Trukikaitis_Postimees, lk 185
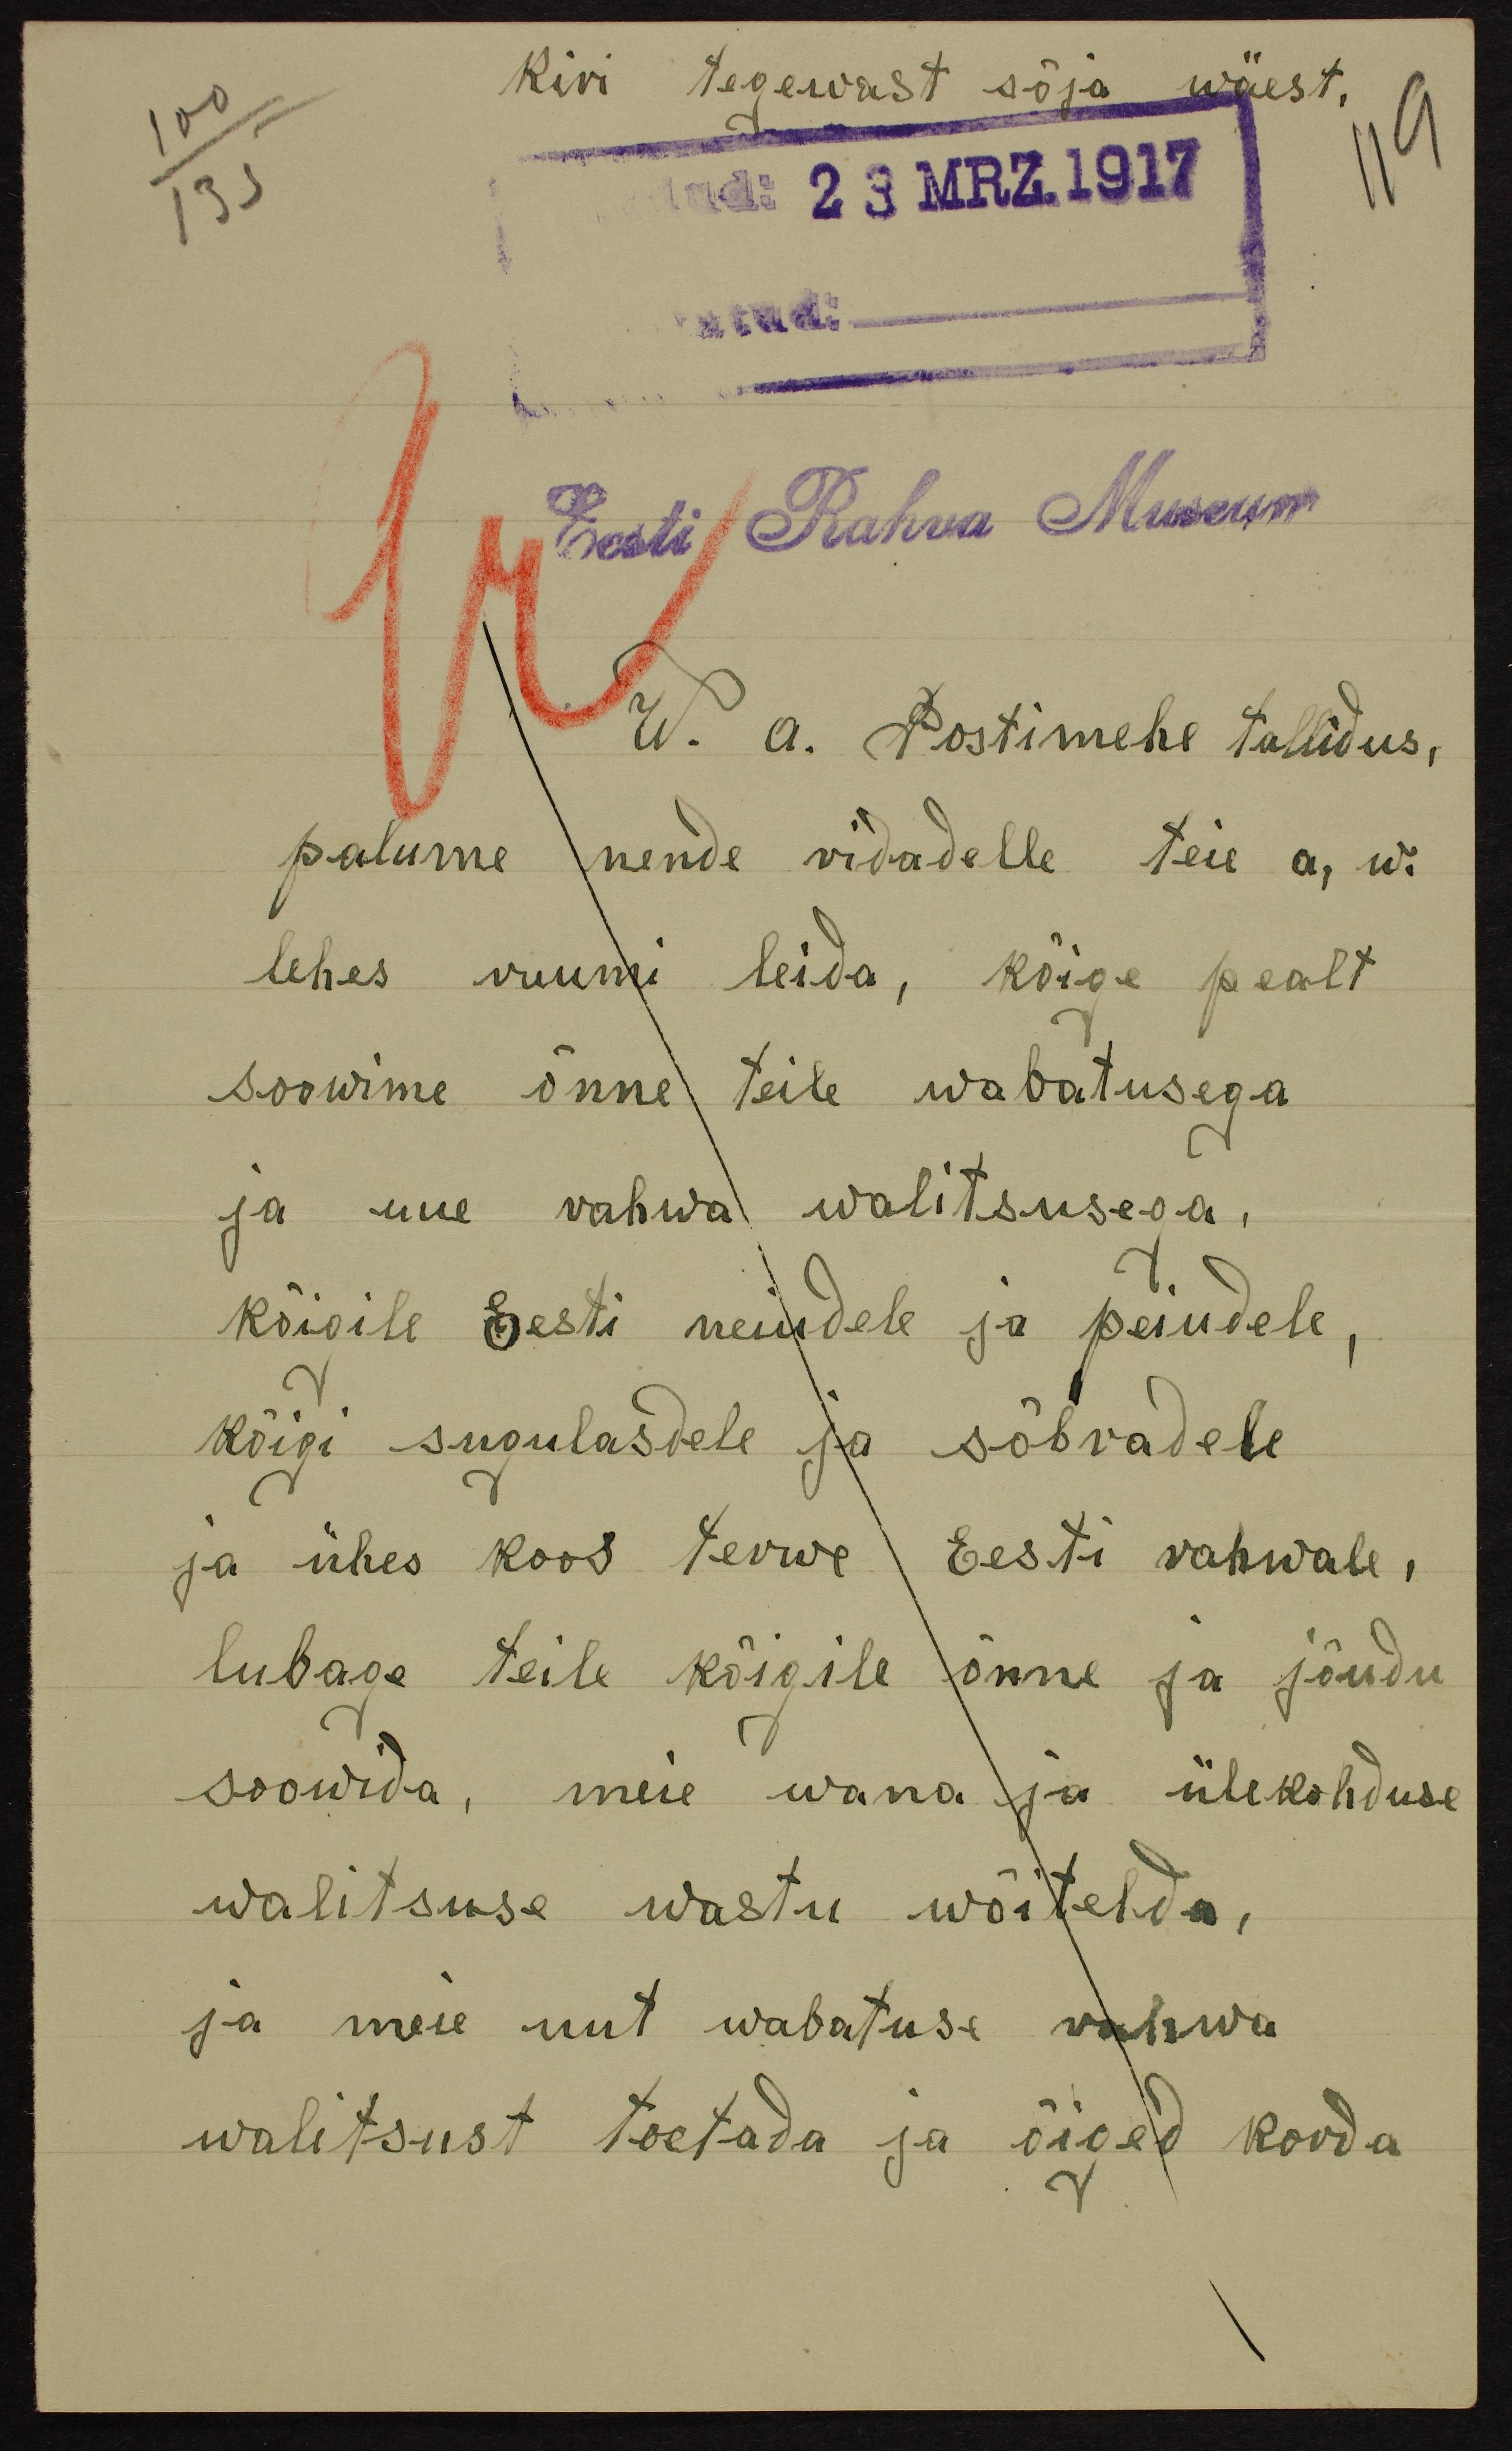
Kiri tegewast sõja wäest
119
100
135
23 MRZ.1917
Eesti Rahva Museum
W. A. Postimehe tallidus,
palume nende ridadelle teie a, w.
lehes ruumi leida, kõige pealt
soowime õnne teile wabatusega
ja uue vahwa walitsusega,
kõigile Eesti neiudele ja peiudele,
kõigi sugulasdele ja sõbradele
ja ühes koos terwe Eesti rahwale,
lubage teile kõigile õnne ja jõudu
soowida, meie wana ja ülekohduse
walitsuse wastu wõitelda,
ja meie uut wabatuse vahwa
walitsust toetada ja õiged korda